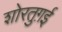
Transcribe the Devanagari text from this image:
शोरतुग़ई